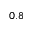
0 . 8